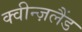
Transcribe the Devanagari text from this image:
क्वीन्ज़लैंड